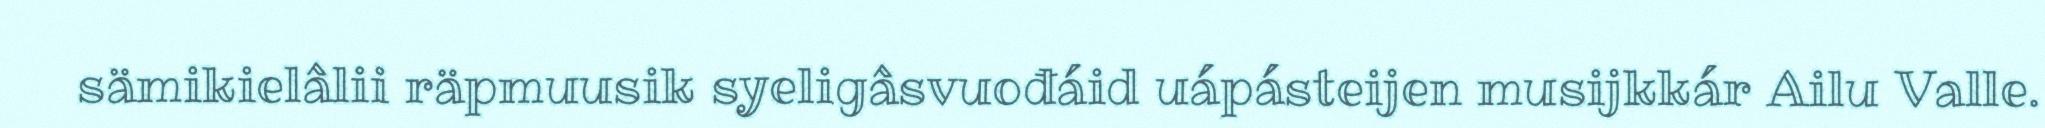
sämikielâlii räpmuusik syeligâsvuođáid uápásteijen musijkkár Ailu Valle.